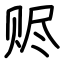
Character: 赆